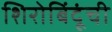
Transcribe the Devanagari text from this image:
शिरोबिंदूंची